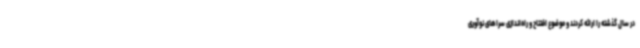
در سال گذشته را ارائه کردند و موضوع افتتاح و راه‌اندازی سراهای نوآوری